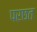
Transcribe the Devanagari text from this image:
परछत